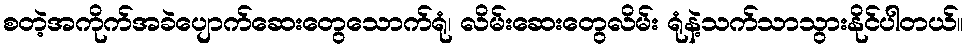
စတဲ့အကိုက်အခဲပျောက်ဆေးတွေသောက်ရုံ၊ လိမ်းဆေးတွေလိမ်း ရုံနဲ့သက်သာသွားနိုင်ပါတယ်။